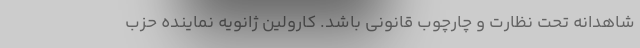
شاهدانه تحت نظارت و چارچوب قانونی باشد. کارولین ژانویه نماینده حزب